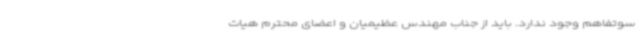
سوتفاهم وجود ندارد. باید از جناب مهندس عظیمیان و اعضای محترم هیات